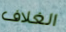
الغلاف